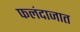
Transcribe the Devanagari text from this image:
फलंदाजात